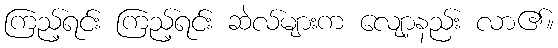
ကြည့်ရင်း ကြည့်ရင်း ဆဲလ်များက လျော့နည်း လာ၏။